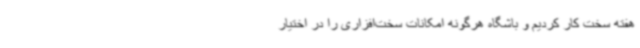
هفته سخت کار کردیم و باشگاه هرگونه امکانات سخت‌افزاری را در اختیار